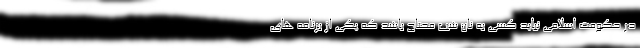
در حکومت اسلامی نباید کسی به نان شب محتاج باشد که یکی از برنامه های